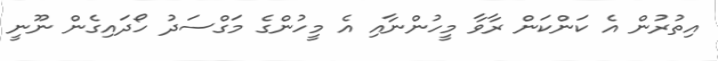
އިތުރުން އެ ކަންކަން ރާވާ މީހުންނާއި އެ މީހުންގެ މަގްސަދު ހޯދައިގެން ނޫނީ